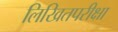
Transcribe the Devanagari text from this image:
लिखितपरीक्षा